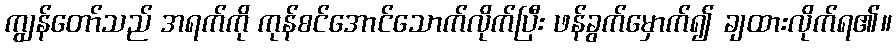
ကျွန်တော်သည် အရက်ကို ကုန်စင်အောင်သောက်လိုက်ပြီး ဖန်ခွက်မှောက်၍ ချထားလိုက်ရ၏။